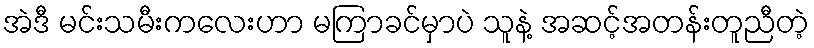
အဲဒီ မင်းသမီးကလေးဟာ မကြာခင်မှာပဲ သူနဲ့ အဆင့်အတန်းတူညီတဲ့